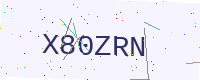
Text: X80ZRN